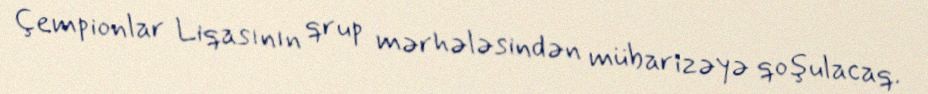
Çempionlar Liqasının qrup mərhələsindən mübarizəyə qoşulacaq.